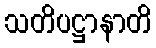
သတိပဋ္ဌာနာတိ